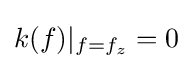
k(f)|_{f=f_{z}}=0